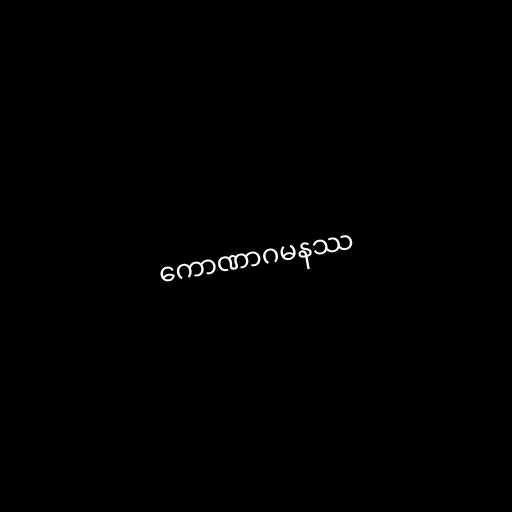
ကောဏာဂမနဿ